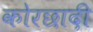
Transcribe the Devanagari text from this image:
कोरछादी